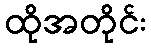
ထိုအတိုင်း